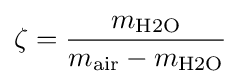
\zeta ={\frac {m_{\mathrm {H2O} }}{m_{\mathrm {air} }-m_{\mathrm {H2O} }}}